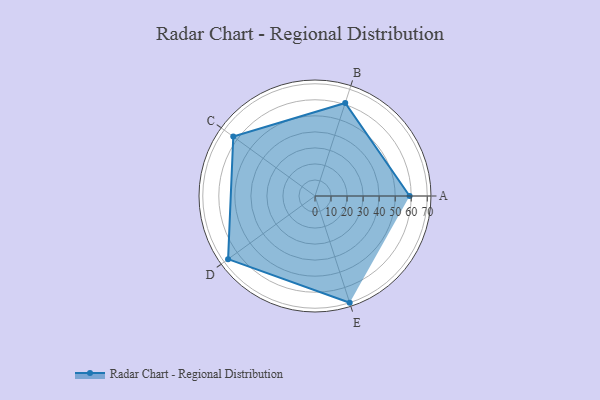
{"axis": {"x": "Skill", "y": "Score"}, "legend": ["Profile"], "data": [{"x": "A", "y": 59.0, "type": "Profile"}, {"x": "B", "y": 61.0, "type": "Profile"}, {"x": "C", "y": 63.0, "type": "Profile"}, {"x": "D", "y": 67.0, "type": "Profile"}, {"x": "E", "y": 70.0, "type": "Profile"}]}